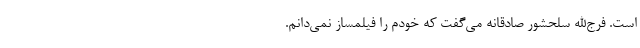
است. فرج‌الله سلحشور صادقانه می‌گفت که خودم را فیلمساز نمی‌دانم.